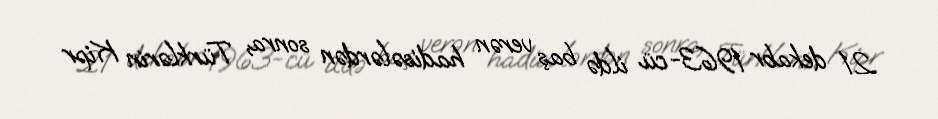
21 dekabr 1963-cü ildə baş verən hadisələrdən sonra, Türklərin Kipr